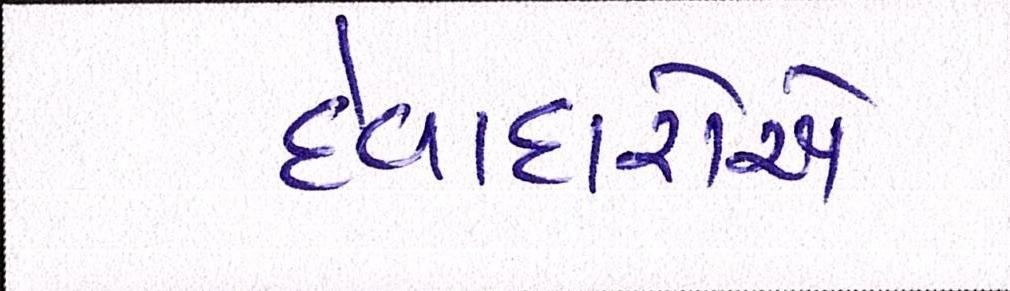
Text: દેવાદારોએ